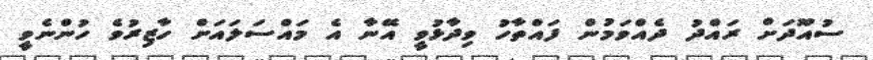
ސުއޫދަށް ރައްދު ދެއްވަމުން ފައްތާހު ވިދާޅުވީ އޭނާ އެ މައްސަލައަށް ހާޒިރުވެ ހުންނެވީ